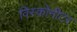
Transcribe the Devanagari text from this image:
विस्कोमीटर